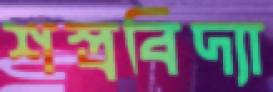
শস্ত্রবিদ্যা